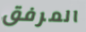
المرفق